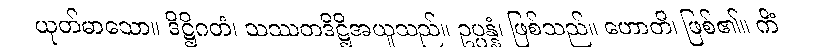
ယုတ်မာသော။ ဒိဋ္ဌိဂတံ၊ သဿတဒိဋ္ဌိအယူသည်။ ဥပ္ပန္နံ၊ ဖြစ်သည်။ ဟောတိ၊ ဖြစ်၏။ ကိံ